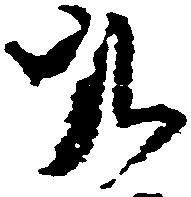
九